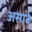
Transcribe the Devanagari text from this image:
असावेे